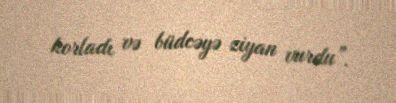
korladı və büdcəyə ziyan vurdu”.